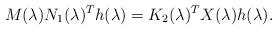
LaTeX: \begin{align*}M(\lambda) N_1 (\lambda)^T h(\lambda) = K_2(\lambda)^T X(\lambda) h(\lambda).\end{align*}